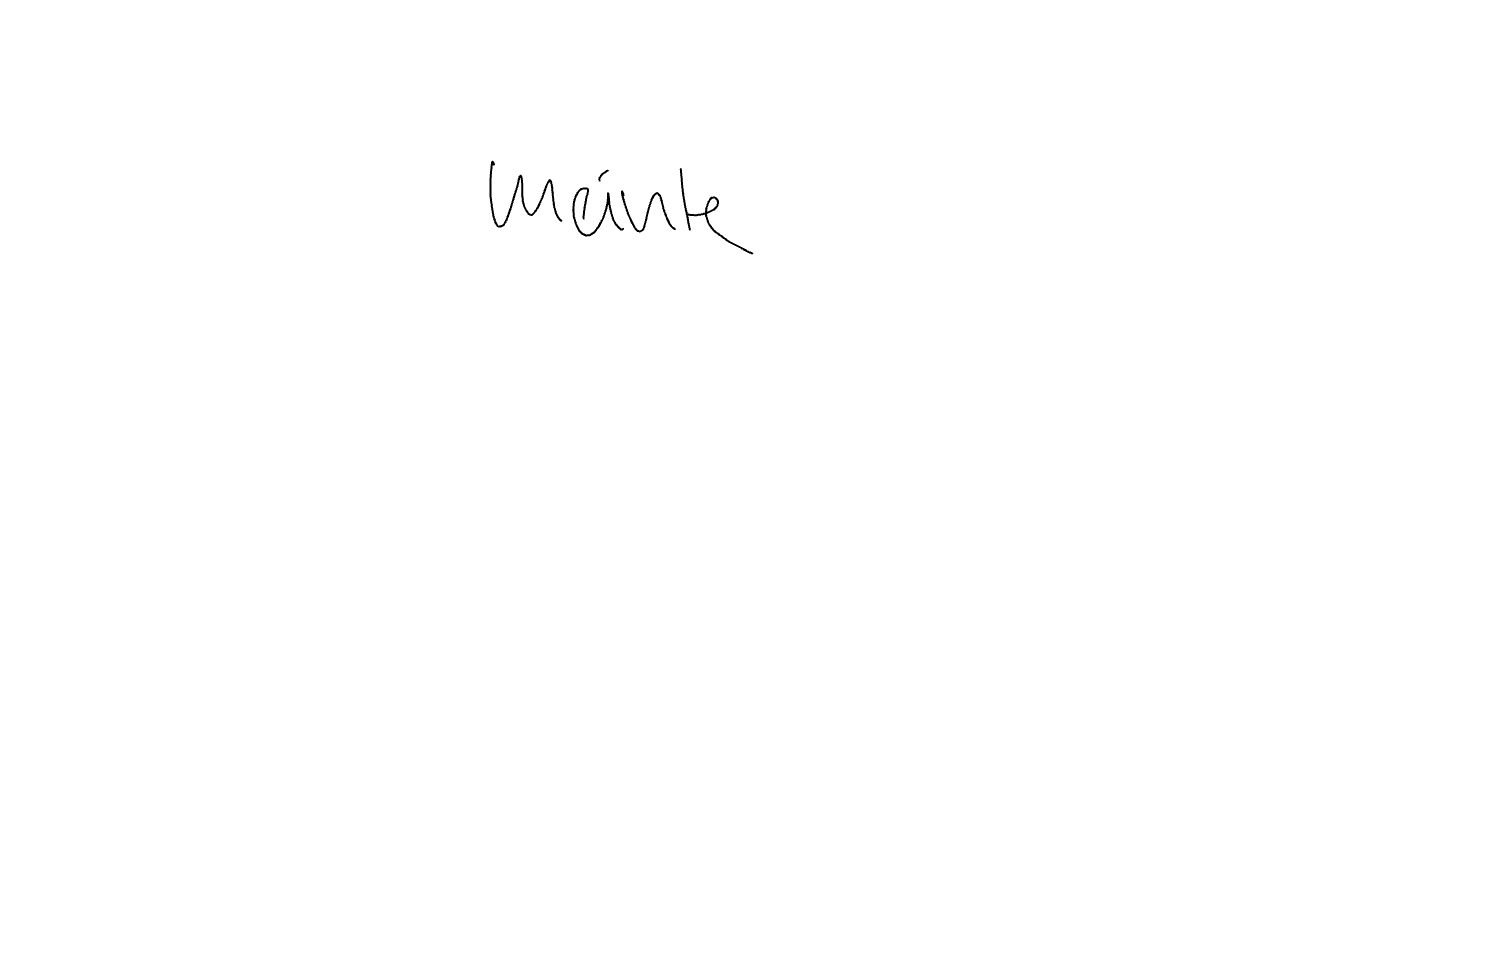
Text: meinte